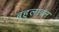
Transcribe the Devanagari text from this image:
बहुलावन